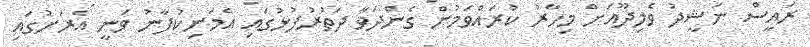
ރައީސް ނަޝީދު ވެލިދޫއަށް މިހާރު ކުރައްވަމުން ގެންދަވާ ދަތުރުފުޅުގައި އެމަނިކުފާނު ވަނީ އެރަށުގައި